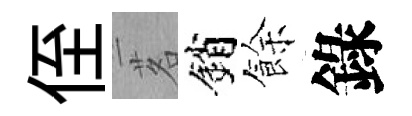
侄茗銷餘錄